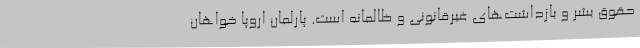
حقوق بشر و بازداشت‌های غیرقانونی و ظالمانه است. پارلمان اروپا خواهان